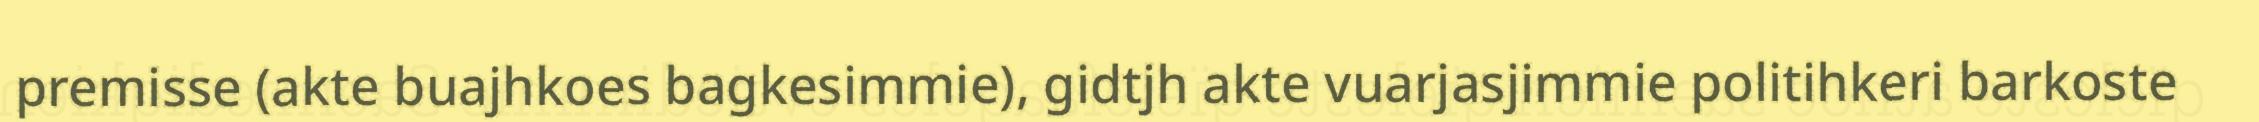
premisse (akte buajhkoes bagkesimmie), gidtjh akte vuarjasjimmie politihkeri barkoste